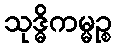
သုဒ္ဓိကမ္မဉ္စ